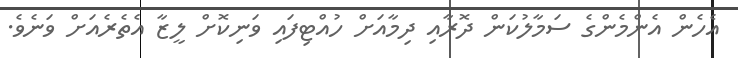
އެހެން އެންމެންގެ ސަމާލުކަން ދޮރާއި ދިމާއަށް ހުއްޓިފައި ވަނިކޮށް ލީޒާ އެތެރެއަށް ވަނެވެ.